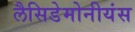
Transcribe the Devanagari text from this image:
लैसिडेमोनीयंस